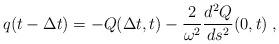
LaTeX: \begin{align*}q(t - {\Delta t}) = - Q({\Delta t},t) - {2 \over \omega^2} {d^2 Q \over ds^2}(0,t) \; ,\end{align*}